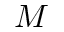
M